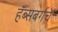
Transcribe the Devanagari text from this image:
हॅब्सबर्गचे